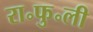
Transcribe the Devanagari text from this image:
रा॰फु॰ली